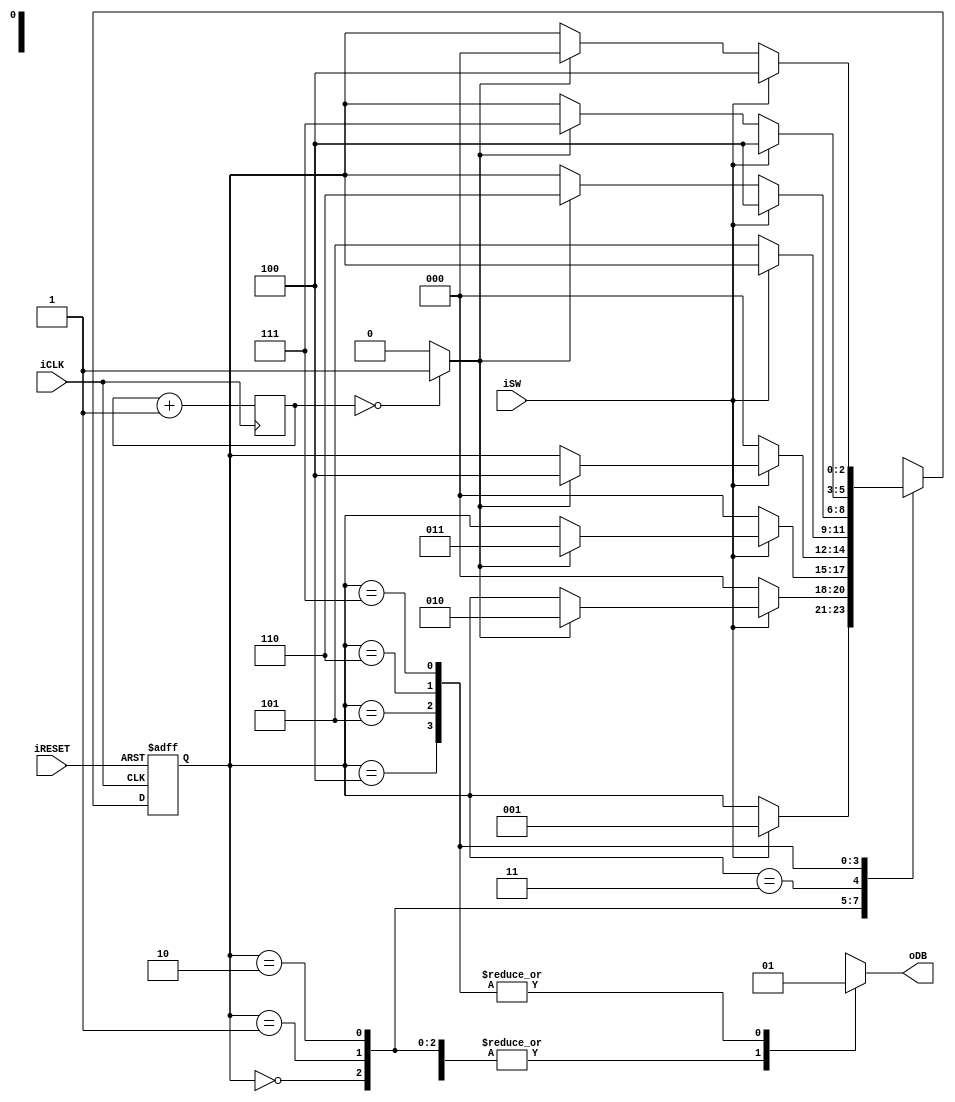
module db_fsm
	(
		input wire iCLK, iRESET,
		input wire iSW,
		output reg oDB
	);

	// symbolic state declaration
	localparam [2:0]
		zero    = 3'b000,
		wait1_1 = 3'b001,
		wait1_2 = 3'b010,
		wait1_3 = 3'b011,
		one     = 3'b100,
		wait0_1 = 3'b101,
		wait0_2 = 3'b110,
		wait0_3 = 3'b111;
	
	// number of counter bits (2^N * 20 ns = 10 ms tick)
	localparam N = 19;

	// signal declaration
	reg [N-1:0] q_reg;
	wire [N-1:0] q_next;
	wire m_tick;
	reg [2:0] state_reg, state_next;

	// body
	//===============================================================
	// counter to generate 10 ms tick
	//===============================================================
	always @(posedge iCLK)
		q_reg <= q_next;
	// next-state logic
	assign q_next = q_reg + 1;
	// output tick
	assign m_tick = (q_reg == 0) ? 1'b1 : 1'b0;
	//===============================================================
	// debouncing FSM
	//===============================================================
	// state register
	always @(posedge iCLK, posedge iRESET)
		if (iRESET)
			state_reg <= zero;
		else
			state_reg <= state_next;
	

	// next-state logic and output logic
	always @*
	begin
		state_next = state_reg;	// default state: the same
		oDB = 1'b0;				// default output: 0
		case (state_reg)
			zero:
				if (iSW)
					state_next = wait1_1;
			wait1_1:
				if (~iSW)
					state_next = zero;
				else
					if (m_tick)
						state_next = wait1_2;
			wait1_2:
				if (~iSW)
					state_next = zero;
				else
					if (m_tick)
						state_next = wait1_3;
			wait1_3:
				if (~iSW)
					state_next = zero;
				else
					if (m_tick)
						state_next = one;
			one:
				begin
					oDB = 1'b1;
					if (~iSW)
						state_next = wait0_1;
				end
			wait0_1:
				begin
					oDB = 1'b1;
					if (iSW)
						state_next = one;
					else
						if (m_tick)
							state_next = wait0_2;
				end
			wait0_2:
				begin
					oDB = 1'b1;
					if (iSW)
						state_next = one;
					else
						if (m_tick)
							state_next = wait0_3;
				end
			wait0_3:
				begin
					oDB = 1'b1;
					if (iSW)
						state_next = one;
					else
						if (m_tick)
							state_next = zero;
				end
			default: state_next = zero;
		endcase
	end
endmodule